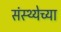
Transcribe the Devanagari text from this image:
संस्थ्येच्या